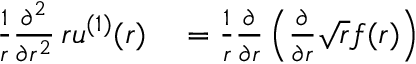
\begin{array} { r l } { \frac { 1 } { r } \frac { \partial ^ { 2 } } { \partial r ^ { 2 } } \, r u ^ { ( 1 ) } ( r ) } & { { } = \frac { 1 } { r } \frac { \partial } { \partial r } \left( \frac { \partial } { \partial r } \sqrt { r } f ( r ) \right) } \end{array}